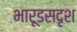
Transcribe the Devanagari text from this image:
भारूडसदृश